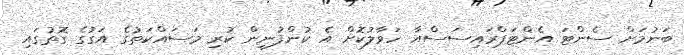
ބަނުމަށް ސެންޓަ އެންޓަޕްރައިސަސްއާ ހަވާލުކޮށް އެ ކުންފުނިން ކުރި މަސައްކަތުގެ އަގުގެ ގޮތުގައި